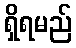
ရှိရမည်